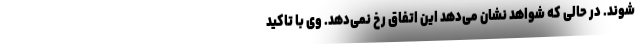
شوند. در حالی که شواهد نشان می‌دهد این اتفاق رخ نمی‌دهد. وی با تاکید